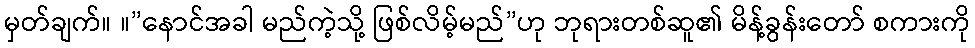
မှတ်ချက်။ ။”နောင်အခါ မည်ကဲ့သို့ ဖြစ်လိမ့်မည်”ဟု ဘုရားတစ်ဆူ၏ မိန့်ခွန်းတော် စကားကို